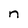
Character: n